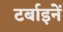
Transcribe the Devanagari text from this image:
टर्बाइनें